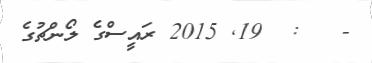
-   :  19